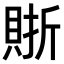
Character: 𧶇